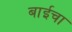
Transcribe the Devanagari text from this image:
बाईचा